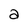
Character: a